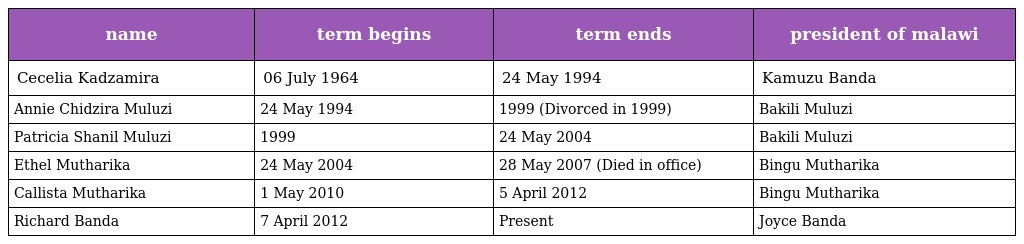
| name | term begins | term ends | president of malawi |
 | --- | --- | --- | --- |
 | Cecelia Kadzamira | 06 July 1964 | 24 May 1994 | Kamuzu Banda |
 | Annie Chidzira Muluzi | 24 May 1994 | 1999 (Divorced in 1999) | Bakili Muluzi |
 | Patricia Shanil Muluzi | 1999 | 24 May 2004 | Bakili Muluzi |
 | Ethel Mutharika | 24 May 2004 | 28 May 2007 (Died in office) | Bingu Mutharika |
 | Callista Mutharika | 1 May 2010 | 5 April 2012 | Bingu Mutharika |
 | Richard Banda | 7 April 2012 | Present | Joyce Banda |